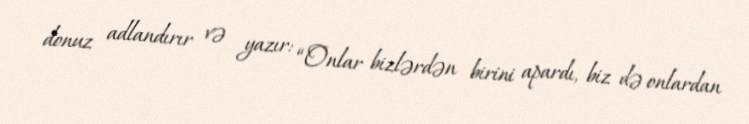
donuz adlandırır və yazır: “Onlar bizlərdən birini apardı, biz də onlardan